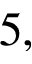
5 ,